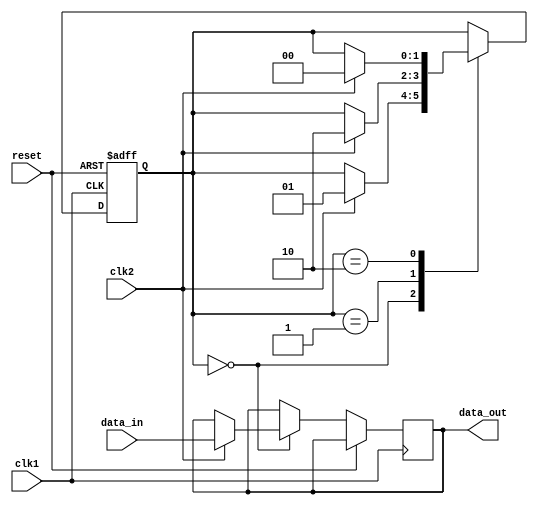
module synchronizer (
    input wire clk1, // Clock signal for domain 1
    input wire clk2, // Clock signal for domain 2
    input wire reset, // Reset signal
    input wire data_in, // Data input signal from domain 1
    output reg data_out // Data output signal to domain 2
);

reg [1:0] state;
parameter IDLE = 2'b00;
parameter SYNC = 2'b01;
parameter HANDSHAKE = 2'b10;

always @ (posedge clk1 or posedge reset) begin
    if (reset) begin
        state <= IDLE;
    end else begin
        case (state)
            IDLE: begin
                if (clk2) begin
                    data_out <= data_in;
                    state <= SYNC;
                end
            end
            SYNC: begin
                if (clk2) begin
                    state <= HANDSHAKE;
                end
            end
            HANDSHAKE: begin
                if (clk2) begin
                    state <= IDLE;
                end
            end
        endcase
    end
end

endmodule